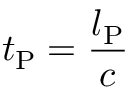
t _ { \mathrm { P } } = { \frac { l _ { \mathrm { P } } } { c } }